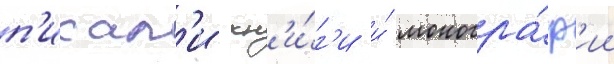
п'исал'и кн'и́г'и и́ моногра́ф'ии